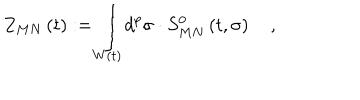
LaTeX: Z _ { M N } \left( t \right) : = \int _ { W \left( t \right) } d ^ { p } \sigma \cdot S _ { M N } ^ { 0 } \left( t , \sigma \right) \quad ,